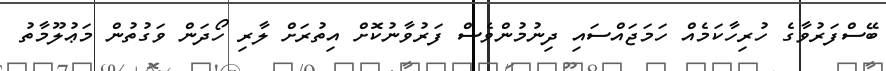
ބޭސްފަރުވާގެ ހުރިހާކަމެއް ހަމަޖައްސައި ދިނުމުންވެސް ފަރުވާނުކޮށް އިތުރަށް ލާރި ހޯދަން ވަގުތުން މަޢުލޫމާތު